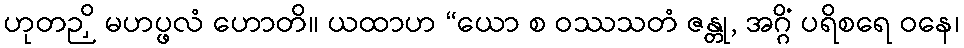
ဟုတဉှိ မဟပ္ဖလံ ဟောတိ။ ယထာဟ “ယော စ ဝဿသတံ ဇန္တု, အဂ္ဂိံ ပရိစရေ ဝနေ၊